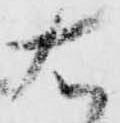
右